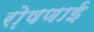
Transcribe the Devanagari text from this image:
रो़षणाई